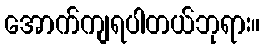
အောက်ကျရပါတယ်ဘုရား။